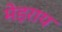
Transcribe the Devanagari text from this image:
मेड़राय